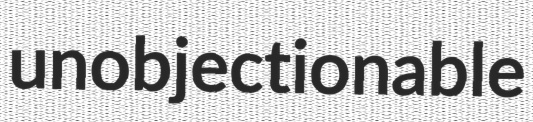
unobjectionable